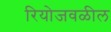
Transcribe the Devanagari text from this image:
रियोजवळील